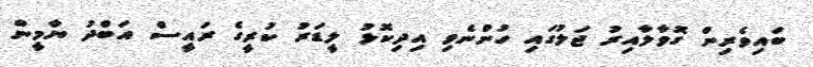
ބައިވެރިން ގޮވާލާއިރު ޖަލުގައި ހުންނެވި އިދިކޮޅު ލީޑަރު ކުރީގެ ރައީސް އަބްދު ޔާމީން